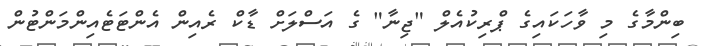
ބިންމާގެ މި ވާހަކައިގެ ޕްރިކުއެލް "ޖިނާ" ގެ އަސްލަށް ޑާކް ރެއިން އެންޓަޓެއިންމަންޓުން